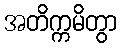
အတိက္ကမိတွာ